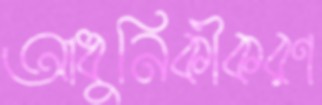
আধুনিকীকরণ